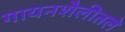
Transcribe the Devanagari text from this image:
गायनशैलीतले